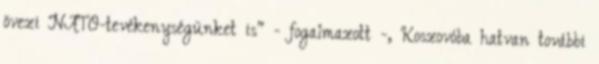
övezi NATO-tevékenységünket is" - fogalmazott -, Koszovóba hatvan további